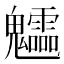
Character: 𩵁